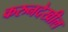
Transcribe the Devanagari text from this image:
करुनदेखील